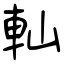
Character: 軕